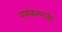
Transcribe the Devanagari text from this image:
रामकरणजी